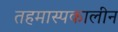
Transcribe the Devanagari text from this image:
तहमास्पकालीन